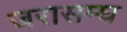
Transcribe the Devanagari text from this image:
जरासम्घ